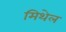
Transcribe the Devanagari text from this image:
मिथेल